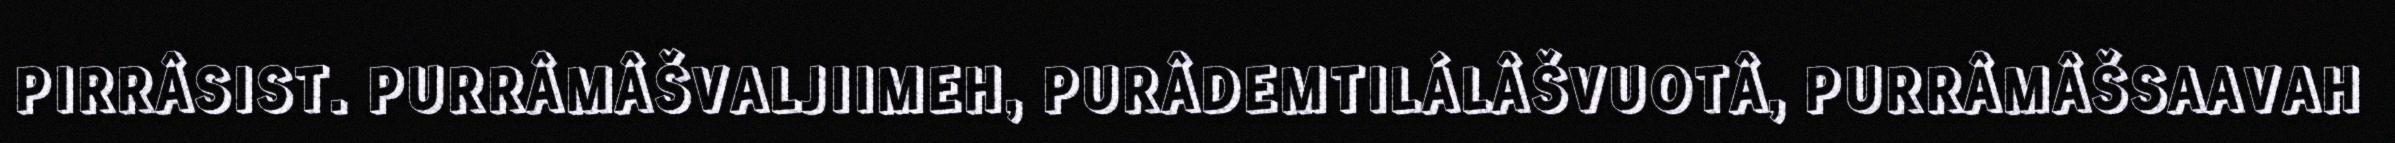
PIRRÂSIST. PURRÂMÂŠVALJIIMEH, PURÂDEMTILÁLÂŠVUOTÂ, PURRÂMÂŠSAAVAH